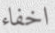
اخفاء